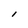
Character: l